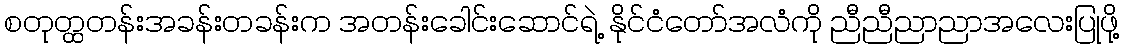
စတုတ္ထတန်းအခန်းတခန်းက အတန်းခေါင်းဆောင်ရဲ့ နိုင်ငံတော်အလံကို ညီညီညာညာအလေးပြုဖို့